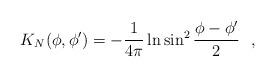
LaTeX: \begin{align*}K_N(\phi , \phi ')=-{1\over 4\pi }\ln \sin^2{\phi-\phi '\over 2}~~,\end{align*}